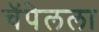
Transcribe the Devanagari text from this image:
चॅपेलला